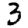
Digit: 3